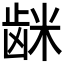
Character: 𮇦